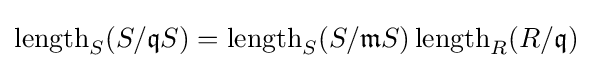
\operatorname {length} _{S}(S/{\mathfrak {q}}S)=\operatorname {length} _{S}(S/{\mathfrak {m}}S)\operatorname {length} _{R}(R/{\mathfrak {q}})